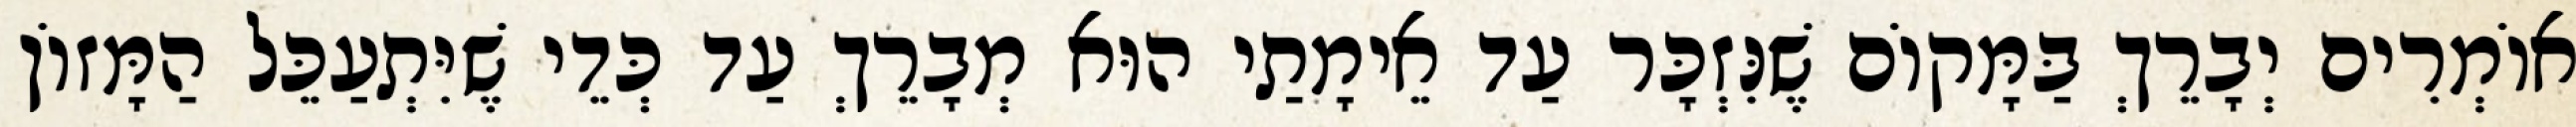
אוֹמְרִים יְבָרֵךְ בַּמָּקוֹם שֶׁנִּזְכָּר עַד אֵימָתַי הוּא מְבָרֵךְ עַד כְּדֵי שֶׁיִּתְעַכֵּל הַמָּזוֹן